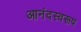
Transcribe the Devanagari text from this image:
आनंदस्वरूप